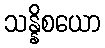
သန္နိစယော